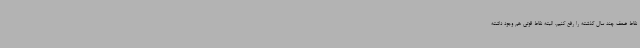
نقاط ضعف چند سال گذشته را رفع کنیم. البته نقاط قوتی هم وجود داشته